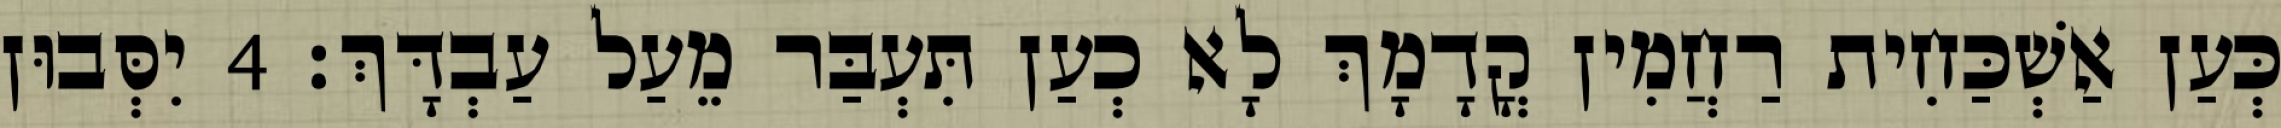
כְּעַן אַשְׁכַּחִית רַחֲמִין קֳדָמָךְ לָא כְעַן תִּעְבַּר מֵעַל עַבְדָּךְ׃ 4 יִסְּבוּן